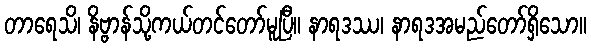
တာရေသိ၊ နိဗ္ဗာန်သို့ကယ်တင်တော်မူပြီ။ နာရဒဿ၊ နာရဒအမည်တော်ရှိသော။